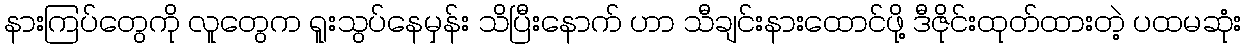
နားကြပ်တွေကို လူတွေက ရူးသွပ်နေမှန်း သိပြီးနောက် ဟာ သီချင်းနားထောင်ဖို့ ဒီဇိုင်းထုတ်ထားတဲ့ ပထမဆုံး